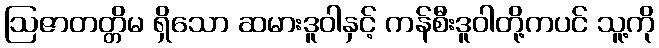
ဩဇာတတ္တိမ ရှိသော ဆမားဒူဝါနှင့် ကန်စီးဒူဝါတို့ကပင် သူ့ကို